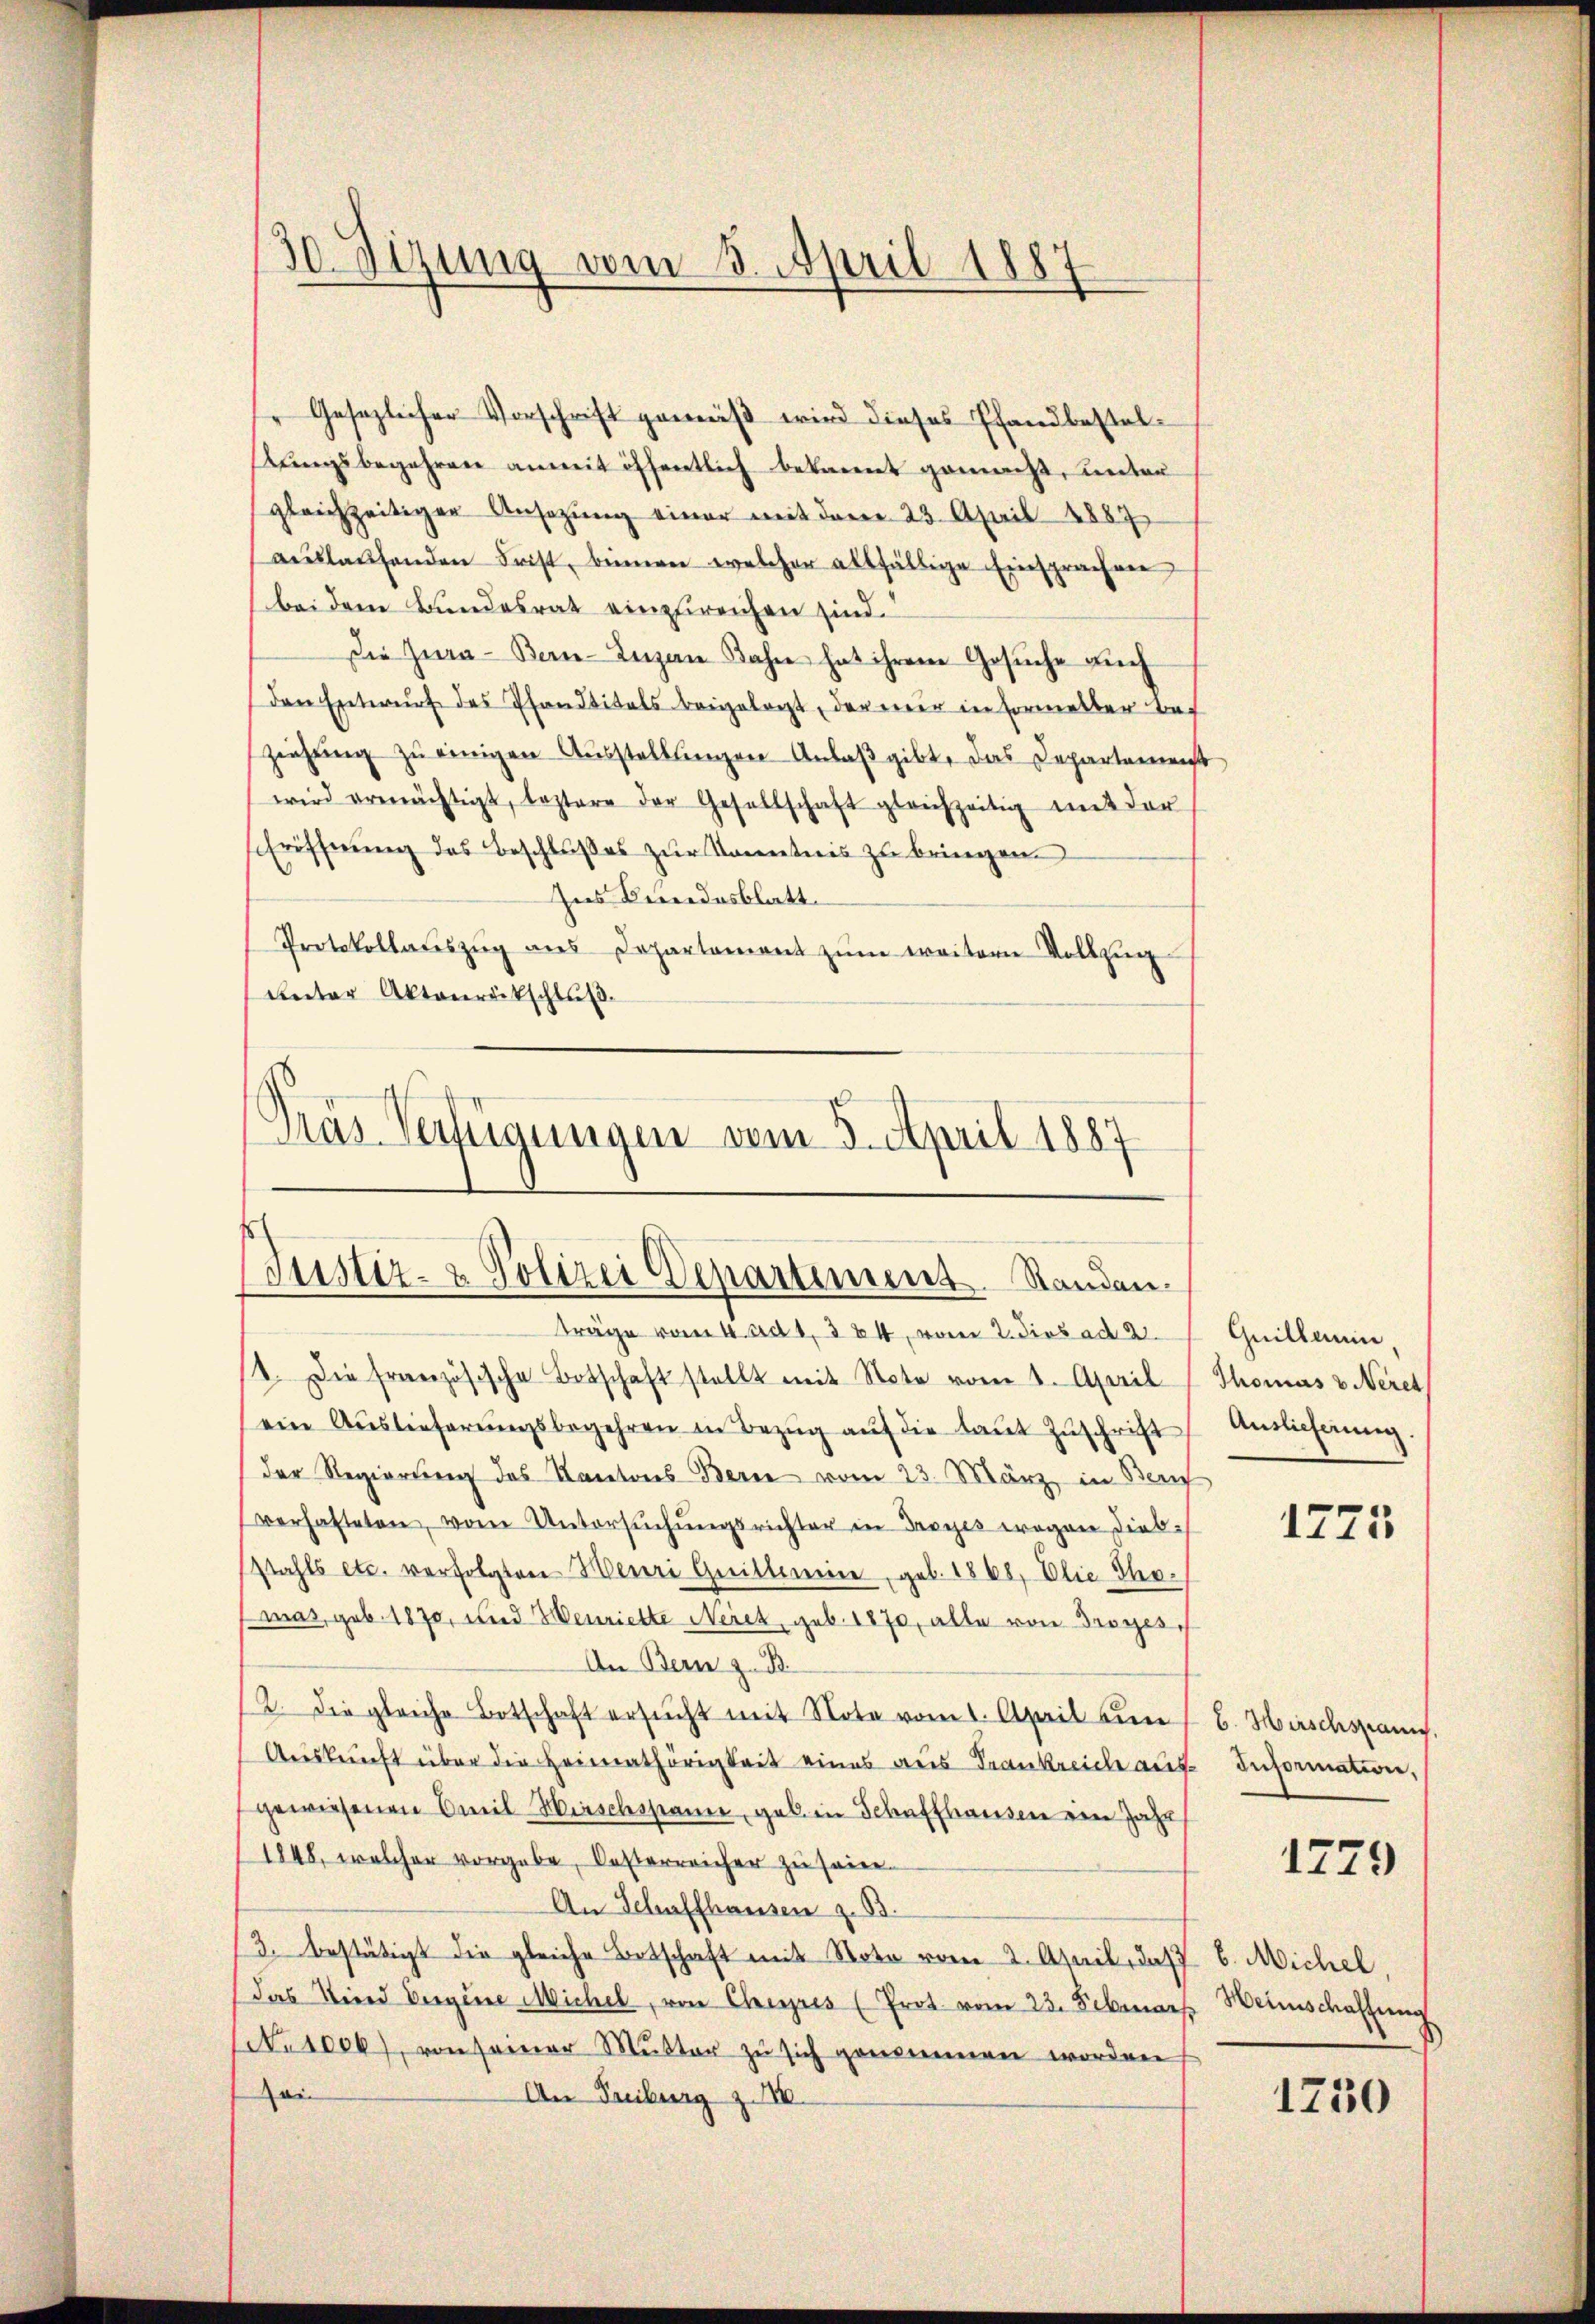
30 Sizung vom 5. April 1887

Gesezlicher Vorschrift gemäß wird dieses Pfandbestelstungsbegehren anmit öffentlich bekannt gemacht, unter
gleichzeitiger Ansezung einer mit dem 23. April 1887
aŭslaŭfenden Frist, binnen welcher allfällige Einsprachen
bei dem Bundesrat einzureichen sind.
Die Jura Bern-Luzan Jahre hat ihrem Gesŭche auch
den Entwŭrf des Phantitals beigelegt, der nur in Formeller bef
ziehung zu einigen Ausstellungen Anlaß gibt, das Departement
wird ermächtigt, leztere der Gesellschaft gleichzeitig mit der
Eröffnung des Beschlußes zur Kenntnis zu bringen.
Ines Berendesblatt
Protokollaŭszŭg ans Departement zŭm weitern Vollzŭg
unter Aktenrätschluß.
Pras Verfügungen vom 3. April 1887

Justiz- & Polizei Departimens Standen.

träge vom 4. ad 1, 384, vom 2. dies ad 2. Quillen,
st. Die französische Botschaft stellt mit Note vom 1. April (Thomas veret
ein Aŭslieferŭngsbegehren in Bezŭg aŭf die laŭt Zŭschrift Auslicherung.
der Regierung des Kantons Bern vom 23. März, in Bern
verhafteten, vom Untersŭchŭngsrichter in Troyes wegen diebstahls etc. verfolgten Herr Greitseine, geb. 1868, Elie Thomas, geb. 1870, und Henriette Neret, geb. 1870, alle von Droyes
An Bern z. B.
2. Die gleiche Botschaft ersŭcht mit Nota vom 1. April ener C. Hirschspani
Auskunft über die Heimathörigkeit eines aus Frankreich aus Information,
gewiesenen Emil Hirschssame, geb. in Schaffhausen ein Jahr
1848, welcher vorgebe, Oesterreicher zu seien.
An Schaffhausen z. B.
3. bestätigt die gleiche Botschaft mit Note vom 2. April, daß 6. Michel,
Das Wird Vorgene Michel, von Cheyres (Prot. vom 23. Februar
Neseck, von seiner Mutter zu sich genommen worden
oi
An Freiburg z. VIII.

1725

1229

Weinschaffung
1730